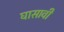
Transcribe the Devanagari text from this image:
घासावी